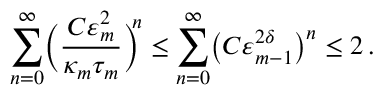
\sum _ { n = 0 } ^ { \infty } \biggl ( \frac { C \varepsilon _ { m } ^ { 2 } } { \kappa _ { m } \tau _ { m } } \biggr ) ^ { \! \! n } \leq \sum _ { n = 0 } ^ { \infty } \bigl ( C \varepsilon _ { m - 1 } ^ { 2 \delta } \bigr ) ^ { n } \leq 2 \, .